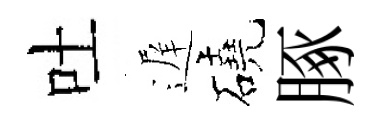
吐遅磽䐁